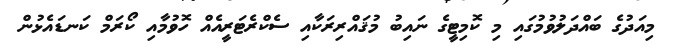
މިއަދުގެ ބައްދަލުވުމުގައި މި ކޮމިޓީގެ ނައިބު މުޤައްރިރަކާއި ސެކްރެޓަރީއެއް ހޮވުމާއި ކޯރަމް ކަނޑައެޅުން